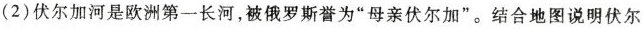
(2)伏尔加河是欧洲第一长河，被俄罗斯誉为”母亲伏尔加”。结合地图说明伏尔